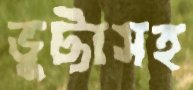
ভুট্টাসহ